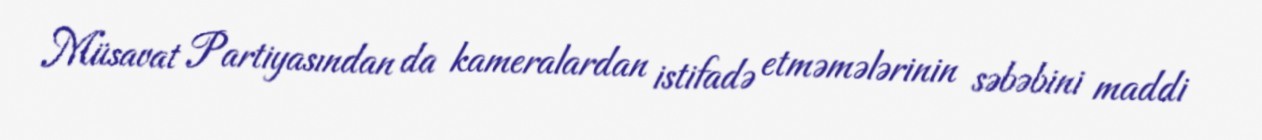
Müsavat Partiyasından da kameralardan istifadə etməmələrinin səbəbini maddi